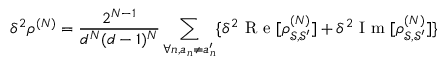
\delta ^ { 2 } \rho ^ { ( N ) } = \frac { 2 ^ { N - 1 } } { d ^ { N } ( d - 1 ) ^ { N } } \sum _ { \forall n , a _ { n } \neq a _ { n } ^ { \prime } } \{ \delta ^ { 2 } \mathrm { ~ R ~ e ~ } [ \rho _ { \mathcal { S } , \mathcal { S } ^ { \prime } } ^ { ( N ) } ] + \delta ^ { 2 } \mathrm { ~ I ~ m ~ } [ \rho _ { \mathcal { S } , \mathcal { S } ^ { \prime } } ^ { ( N ) } ] \}